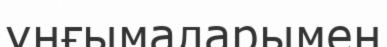
ұңғымаларымен